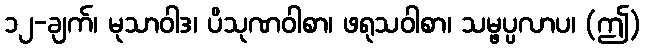
၁၂-ချက်၊ မုသာဝါဒ၊ ပိသုဏဝါစာ၊ ဖရုသဝါစာ၊ သမ္ဖပ္ပလာပ၊ (ဤ)